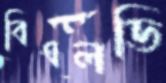
বিএলডি